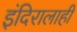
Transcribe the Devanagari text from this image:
इंदिरालाही